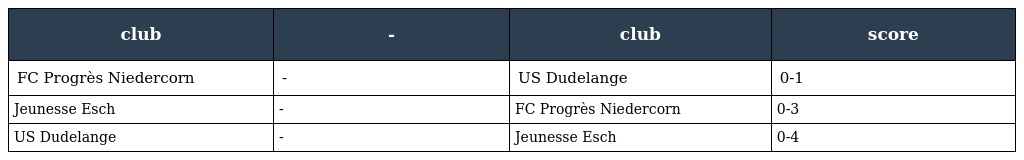
| club | - | club | score |
 | --- | --- | --- | --- |
 | FC Progrès Niedercorn | - | US Dudelange | 0-1 |
 | Jeunesse Esch | - | FC Progrès Niedercorn | 0-3 |
 | US Dudelange | - | Jeunesse Esch | 0-4 |